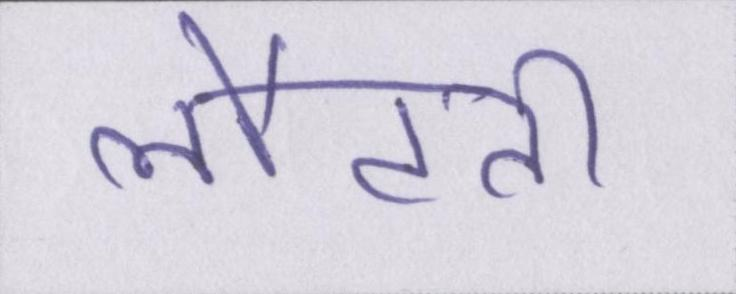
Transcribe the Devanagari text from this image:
लौटती